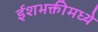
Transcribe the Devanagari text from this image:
ईशभक्तीमध्ये